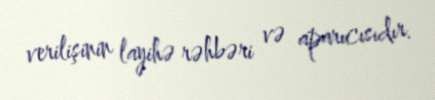
verilişinin layihə rəhbəri və aparıcısıdır.